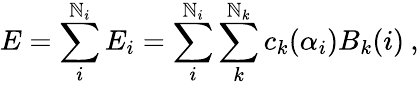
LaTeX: E=\sum_{i}^{\mathbb{N}_{i}}E_{i}=\sum_{i}^{\mathbb{N}_{i}}\sum_{k}^{\mathbb{N}_{k}}c_{k}(\alpha_{i})B_{k}(i)\: ,